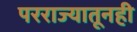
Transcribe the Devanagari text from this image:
परराज्यातूनही